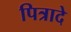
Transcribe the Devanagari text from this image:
पित्रादे